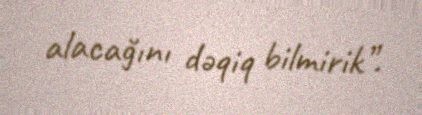
alacağını dəqiq bilmirik”.